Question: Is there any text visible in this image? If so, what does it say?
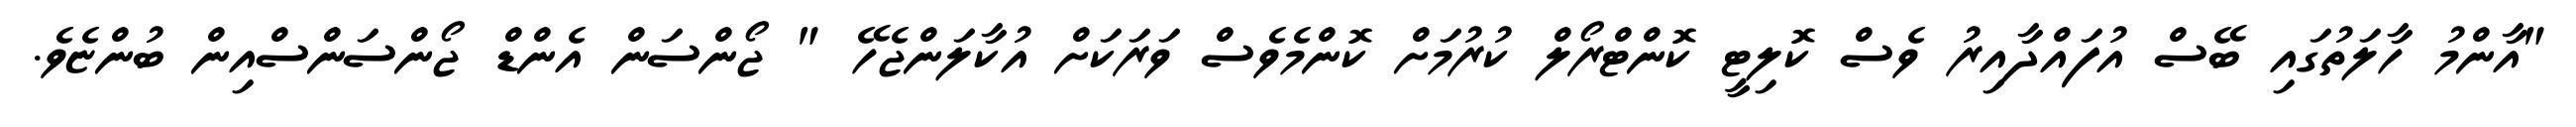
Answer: "އާންމު ހާލަތުގައި ބޭސް އުފައްދާއިރު ވެސް ކޮލިޓީ ކޮންޓްރޯލް ކުރުމަށް ކޮންމެވެސް ވަރަކަށް އުކާލަންޖެހޭ " ޖޯންސަން އެންޑް ޖޯންސަންސްއިން ބުންޏެވެ.